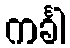
ကင်္ခါ